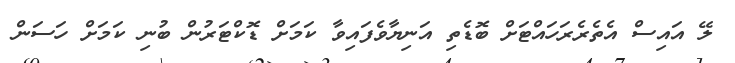
ލޭ އައިސް އެތެރެރަހައްޓަށް ބޮޑެތި އަނިޔާވެފައިވާ ކަމަށް ޑޮކްޓަރުން ބުނި ކަމަށް ހަސަން